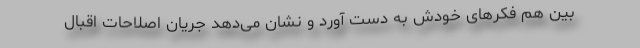
بین هم فکر‌های خودش به دست آورد و نشان می‌دهد جریان اصلاحات اقبال